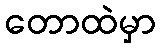
တောထဲမှာ